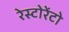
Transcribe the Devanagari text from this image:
रेस्‍टोरेंटो